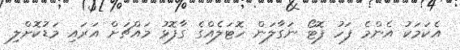
އެކަމަކު އެންމެ ފަހު ފޮޓޯ ނަގާލަން ހޮޓަލެއްގެ ގާފޮޅު މައްޗަށް އަރައި މަޑުކޮށްލި